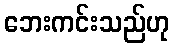
ဘေးကင်းသည်ဟု